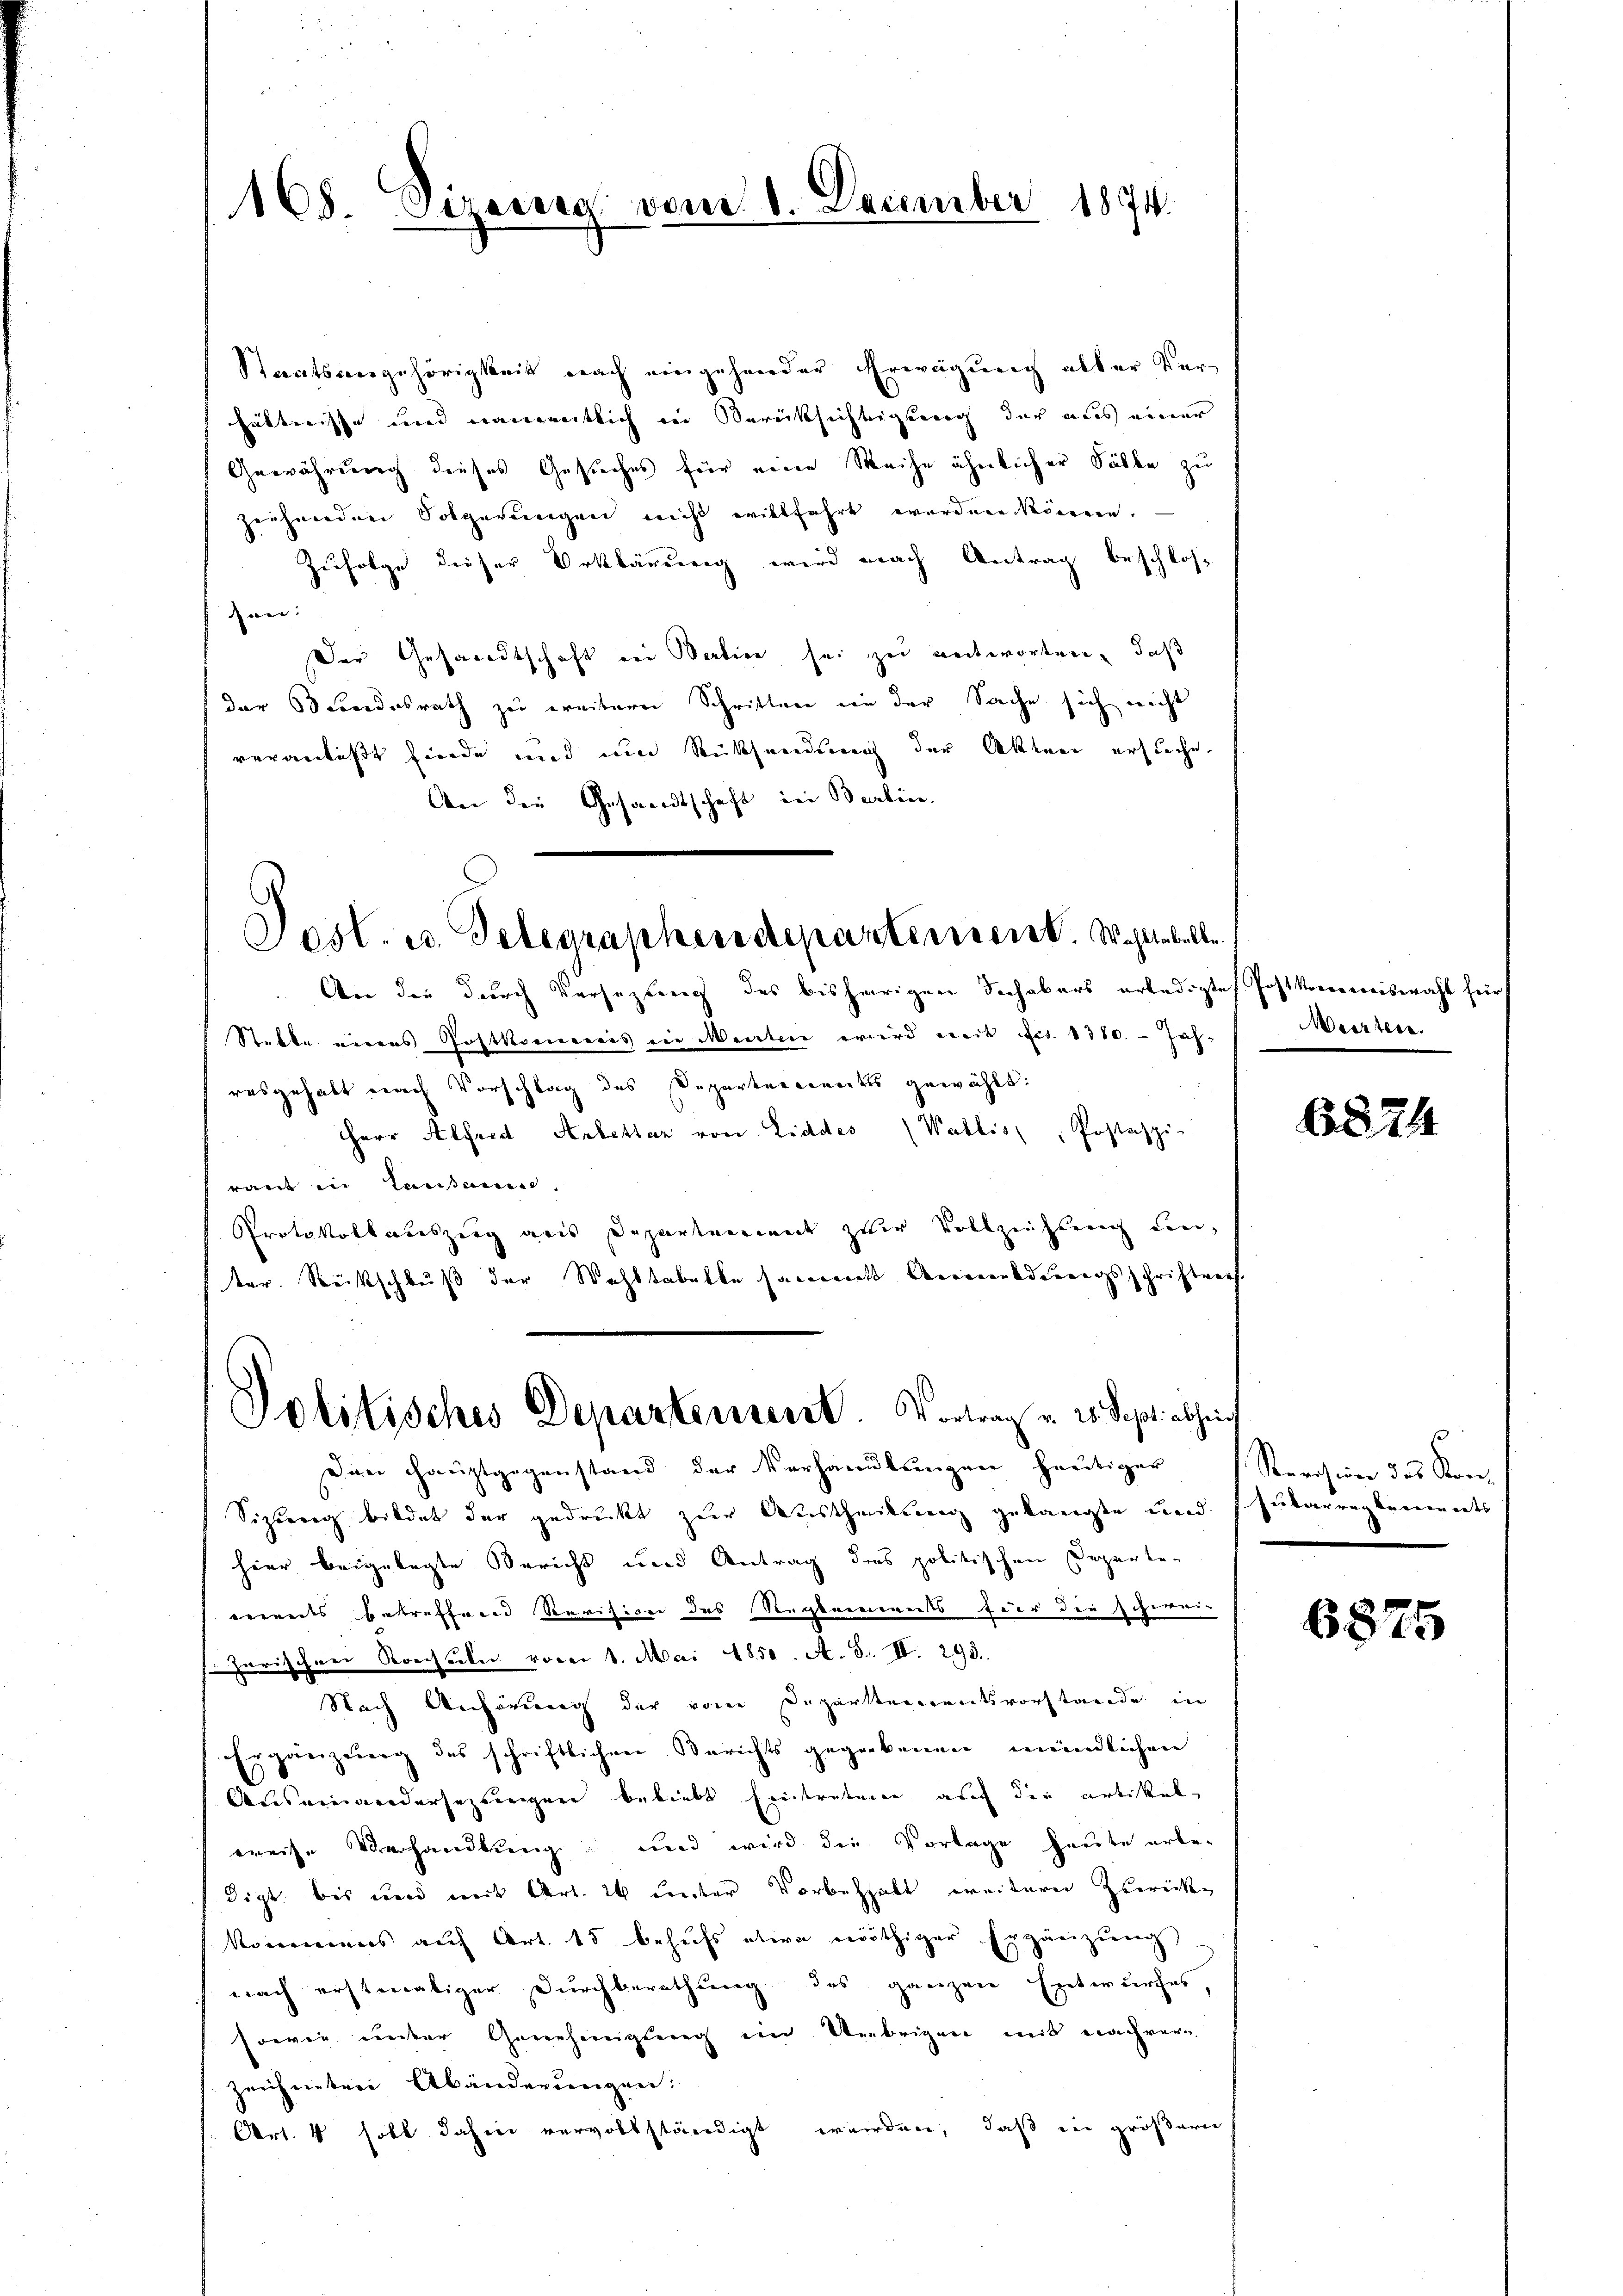
168 Directes vom 1. December 1874.

Staatsangehörigkeit nach eingehender Erwägung aller Verhältnisse und namentlich in Berücksichtigung der aus einer
Gewährung dieses Gesuches für eine Weihe ähnlicher Sälke zu
zeihnenden Folgerungen nicht willfahrt worden können.
Zufolge dieser Erklärung wird nach Antrag beschlos
en:
Der Gesandtschaft ein Berlier sei zu entworten, daß
der Bundesrath zu weitern Schritten in der Sache sich nicht
veranlaßt finde und um Rücksendung der Akten ersuche.
An die Gesandtschaft in Berlin.
An die durch Versezung des bisherigen Schabers erledigte Postkommiswahl für
Stette eines Postkommis in Menten wird mit Act. 1380. - Jah-
resgehabt nach Vorschlag des Departenanntes gewählt:
Herr Alfred Anbettar von Liddes (Wallis, Postaspi-
raut in Tensamen.
Protokollauszeig aus Departement zur Vollziehung un
ter. Stückschluß der Wohltabelle sament Anmeldungsschriftmes
Politisches Departensent. Vortrag u. 25. Sept. abhin
Den Hauptgegenstand der Verhandlungen heutiger
Sizerrig bildet der gedruckt zur Austheilung gelangte und Jutarreglements
hier beigelegte Bericht und Antrag dies politischen Departen
ets betreffend Revision des Reglements für die schwei-
zarischen Konsuln vorer 1. Mai 1850. A. S. II. 298.
Nach Anhörung der vom Departementsvorstande in
Ergänzung des schriftlichen Berichts gegebenen mündlichen
Auseinandersezungen beliebt hintreten auch die artikel
weise Verhandlung und wird die Vorlage heute erbe-
digt bis und mit Art. 26 unter Vorbehalt weiterer Zurück-
kommens auf Art. 15 behufs etwa nöthiger Ergänzŭng
nach erstinatiger Durchberathung, das ganzen Entwurfes,
sowie unter Genehmigung ein Uebrigen mit nachver
Zeichneter Abänderungen:
Art. 4 soll dahin vervollständigt worden, daß in größern

Post. u. Gelegraphendepartement. Wohltobelle.

Meirtere.

6874

Reras in des Kon-

6875